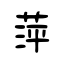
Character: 萍